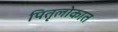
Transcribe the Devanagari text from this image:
पितृलोकात